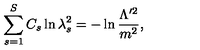
\sum _ { s = 1 } ^ { S } C _ { s } \ln \lambda _ { s } ^ { 2 } = - \ln \frac { \Lambda ^ { \prime 2 } } { m ^ { 2 } } ,